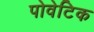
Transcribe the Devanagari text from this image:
पोवेटिक